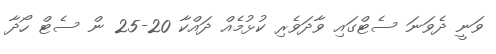
ވަނީ ދެވަނަ ސެޓްގައި ވާދަވެރި ކުޅުމެއް ދައްކާ 20-25 ން ސެޓް ހޯދާ